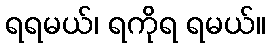
ရရမယ်၊ ရကိုရ ရမယ်။